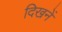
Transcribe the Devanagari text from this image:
दिखनें